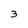
Character: 3